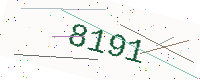
Text: 8191